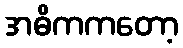
အဓိကကတော့